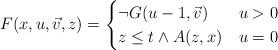
LaTeX: \begin{align*}F(x, u, \vec{v}, z)=\begin{cases}\neg G(u-1, \vec{v}) & u > 0 \\z \leq t \wedge A(z, x) & u=0 \\\end{cases} \end{align*}